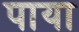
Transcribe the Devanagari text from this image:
पाया